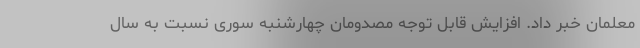
معلمان خبر داد. افزایش قابل توجه مصدومان چهارشنبه سوری نسبت به سال